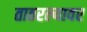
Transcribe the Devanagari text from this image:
ताठरल्यावर